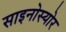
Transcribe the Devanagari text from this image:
साइनोस्योर